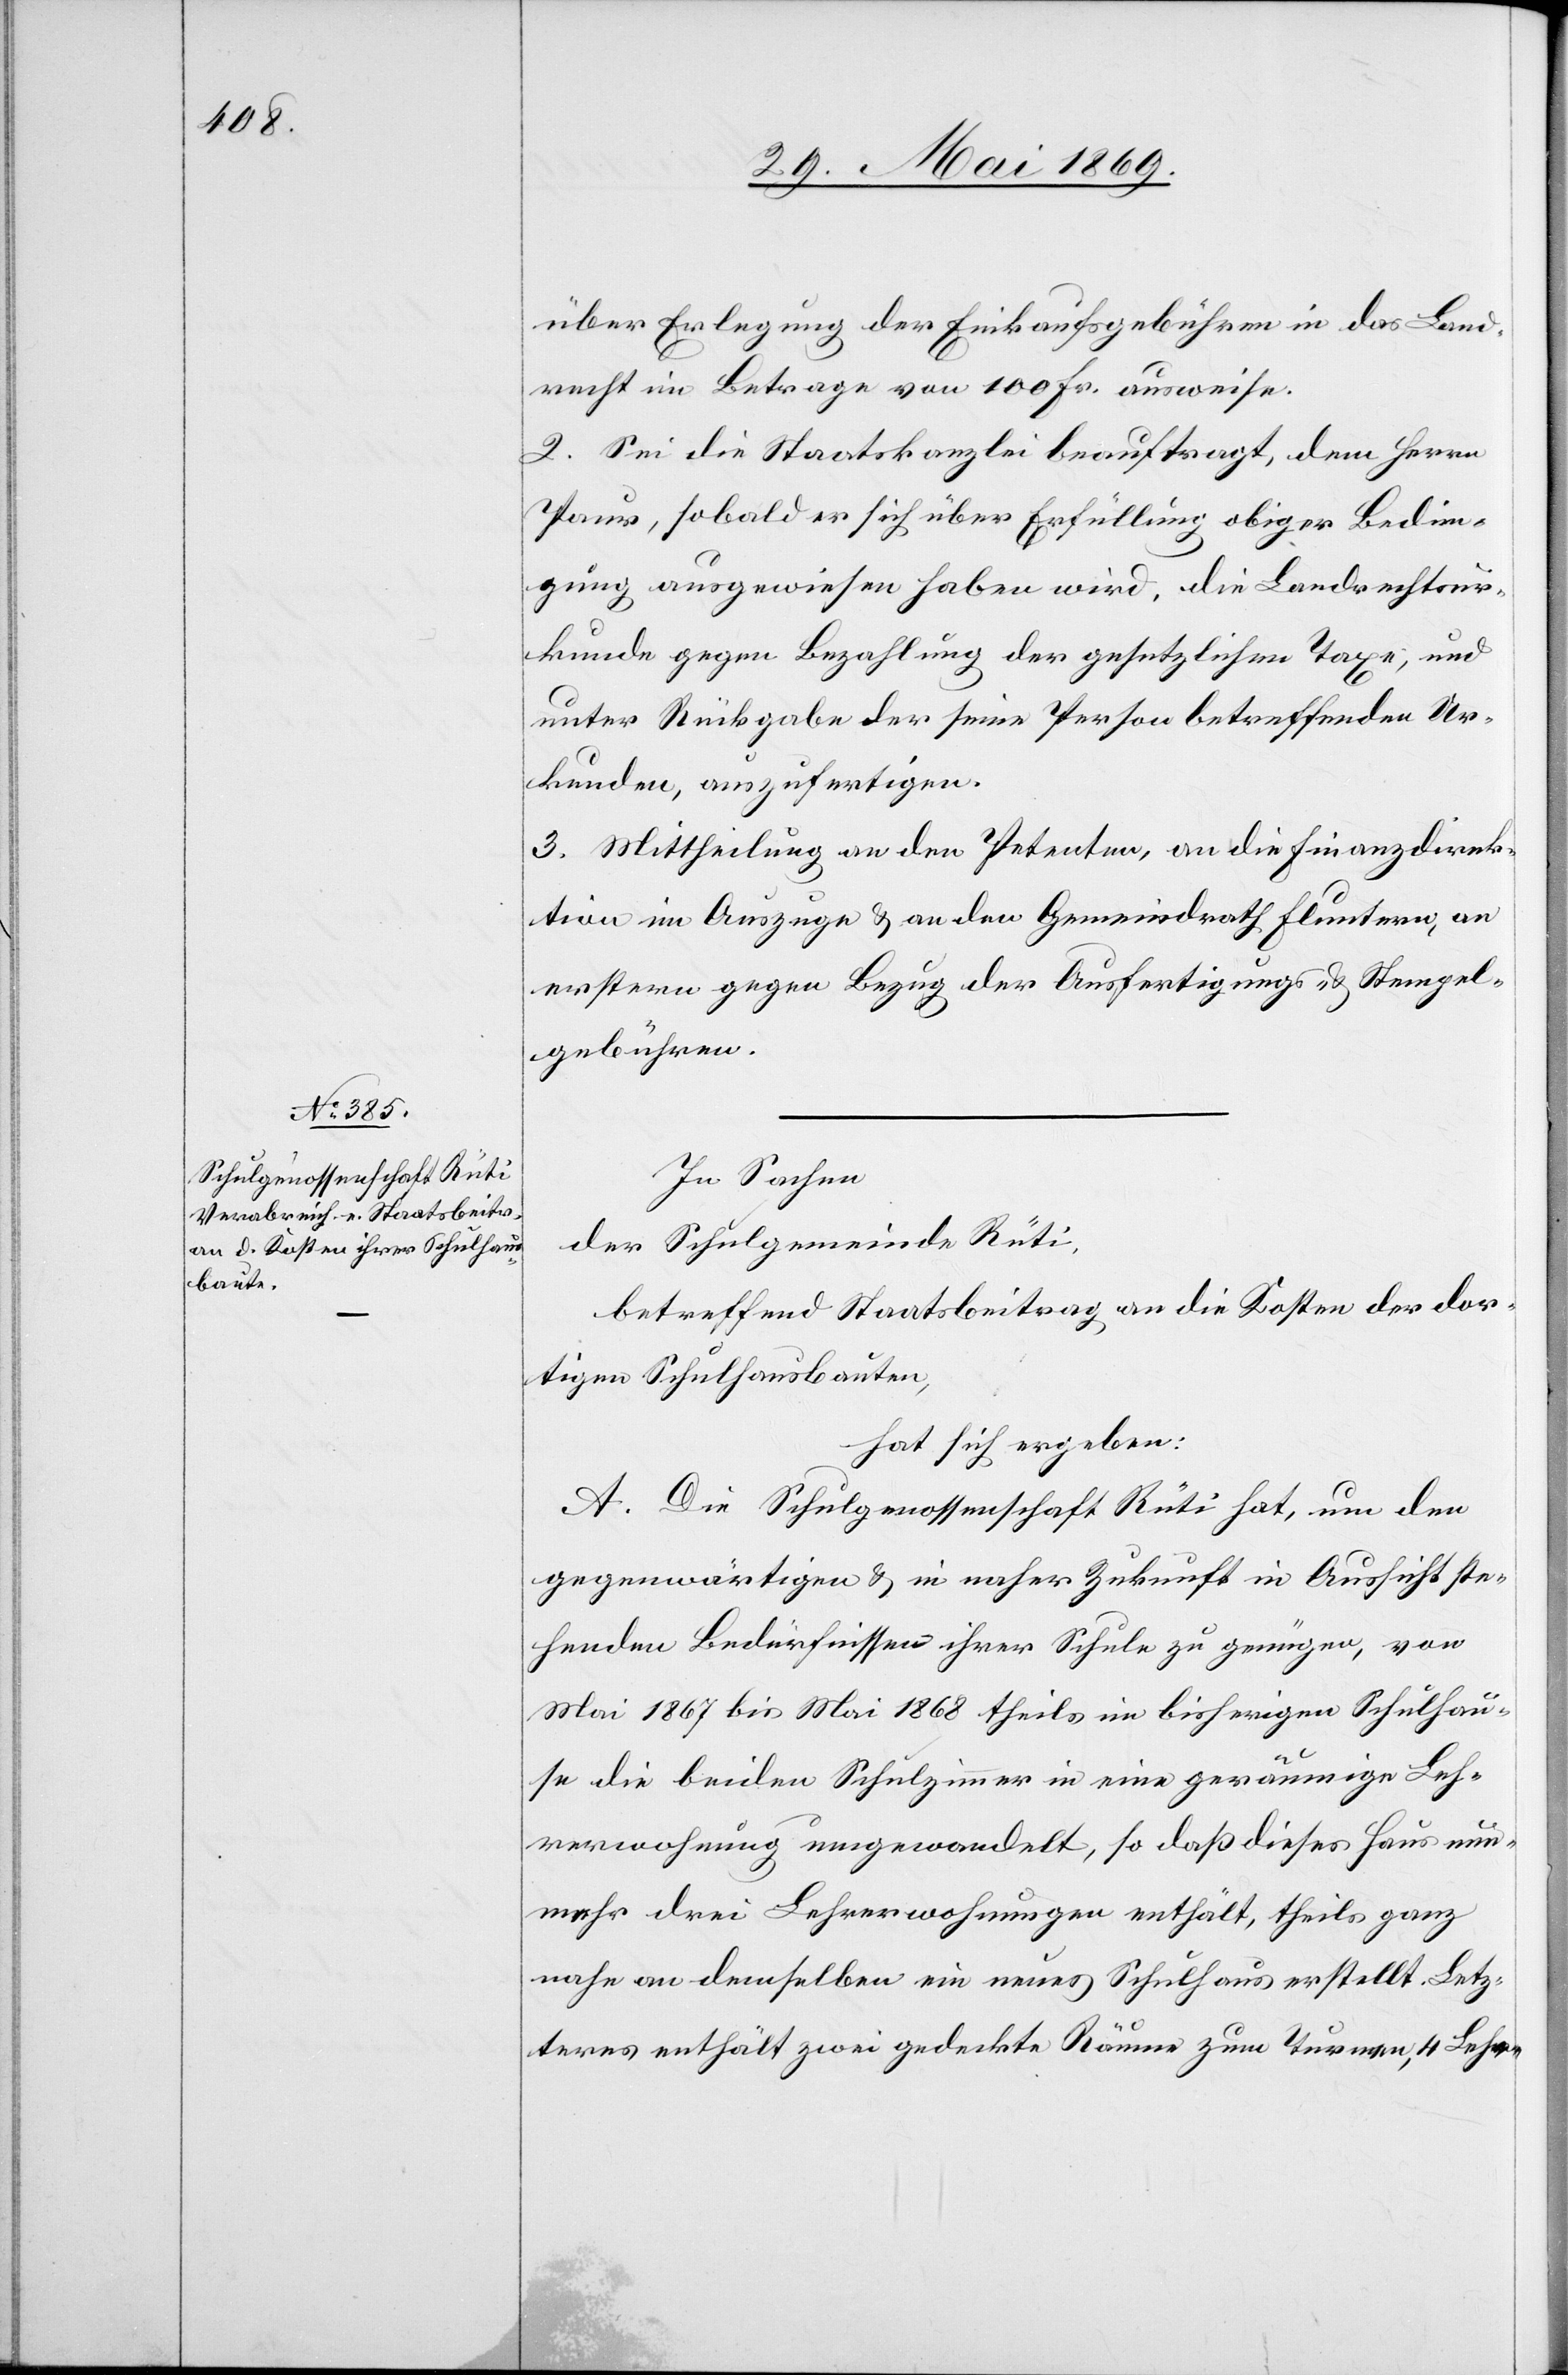
über Erlegung der Einkaufsgebühren in das Land¬
recht im Betrage von 100 Fr. ausweise.
2. Sei die Staatskanzlei beauftragt, dem Herrn
Paur, sobald er sich über Erfüllung obiger Bedin¬
gung ausgewiesen haben wird. Die Landrechtsur¬
kunde gegen Bezahlung der gesetzlichen Taxe, und
unter Rückgabe der seine Person betreffenden Ur¬
kunden, auszufertigen.
3. Mittheilung an den Petenten, an die Finanzdirek¬
tion im Auszuge u. an den Gemeindrath Fluntern, an
erstern gegen Bezug der Ausfertigungs- u. Stempel¬
gebühren.
In Sachen
der Schulgemeinde Rüti,
betreffend Staatsbeitrag an die Kosten der dor¬
tigen Schulhausbauten,
hat sich ergeben:
A. Die Schulgenossenschaft Rüti hat, um den
gegenwärtigen u. in naher Zukunft in Aussicht ste¬
henden Bedürfnissen ihrer Schule zu genügen, von
Mai 1867 bis Mai 1868 theils im bisherigen Schulhau¬
se die beiden Schulzimmer in eine geräumige Leh¬
rerwohnung umgewandelt, so daß dieses Haus nun¬
mehr drei Lehrerwohnungen enthält, theils ganz
nahe an demselben ein neues Schulhaus erstellt. Letz¬
teres enthält zwei gedeckte Räume zum Turnen, 4 Lehr-